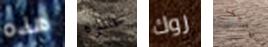
هذه عشره روك شريكا